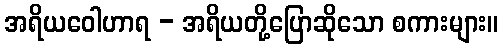
အရိယဝေါဟာရ - အရိယတို့ပြောဆိုသော စကားများ။